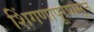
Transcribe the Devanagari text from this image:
शिंगणापूरपासून